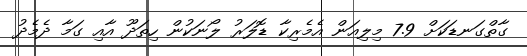
ގާތްގަނޑަކަށް 7.9 މިލިއަން އެމެރިކާ ޑޮލަރު ލޯނަކުން ހިތަދޫ އާއި ގަމާ ދެމެދު